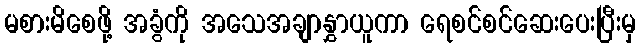
မစားမိစေဖို့ အခွံကို အသေအချာနွှာယူကာ ရေစင်စင်ဆေးပေးပြီးမှ